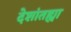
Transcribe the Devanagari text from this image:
देशांतह्या